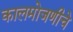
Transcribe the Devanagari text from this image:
कालमोजणीचे